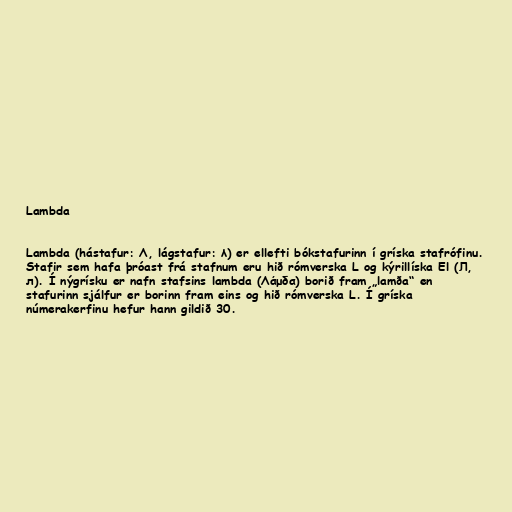
Lambda

Lambda (hástafur: Λ, lágstafur: λ) er ellefti bókstafurinn í gríska stafrófinu.
Stafir sem hafa þróast frá stafnum eru hið rómverska L og kýrillíska El (Л,
л). Í nýgrísku er nafn stafsins lambda (Λάμδα) borið fram „lamða“ en
stafurinn sjálfur er borinn fram eins og hið rómverska L. Í gríska
númerakerfinu hefur hann gildið 30.